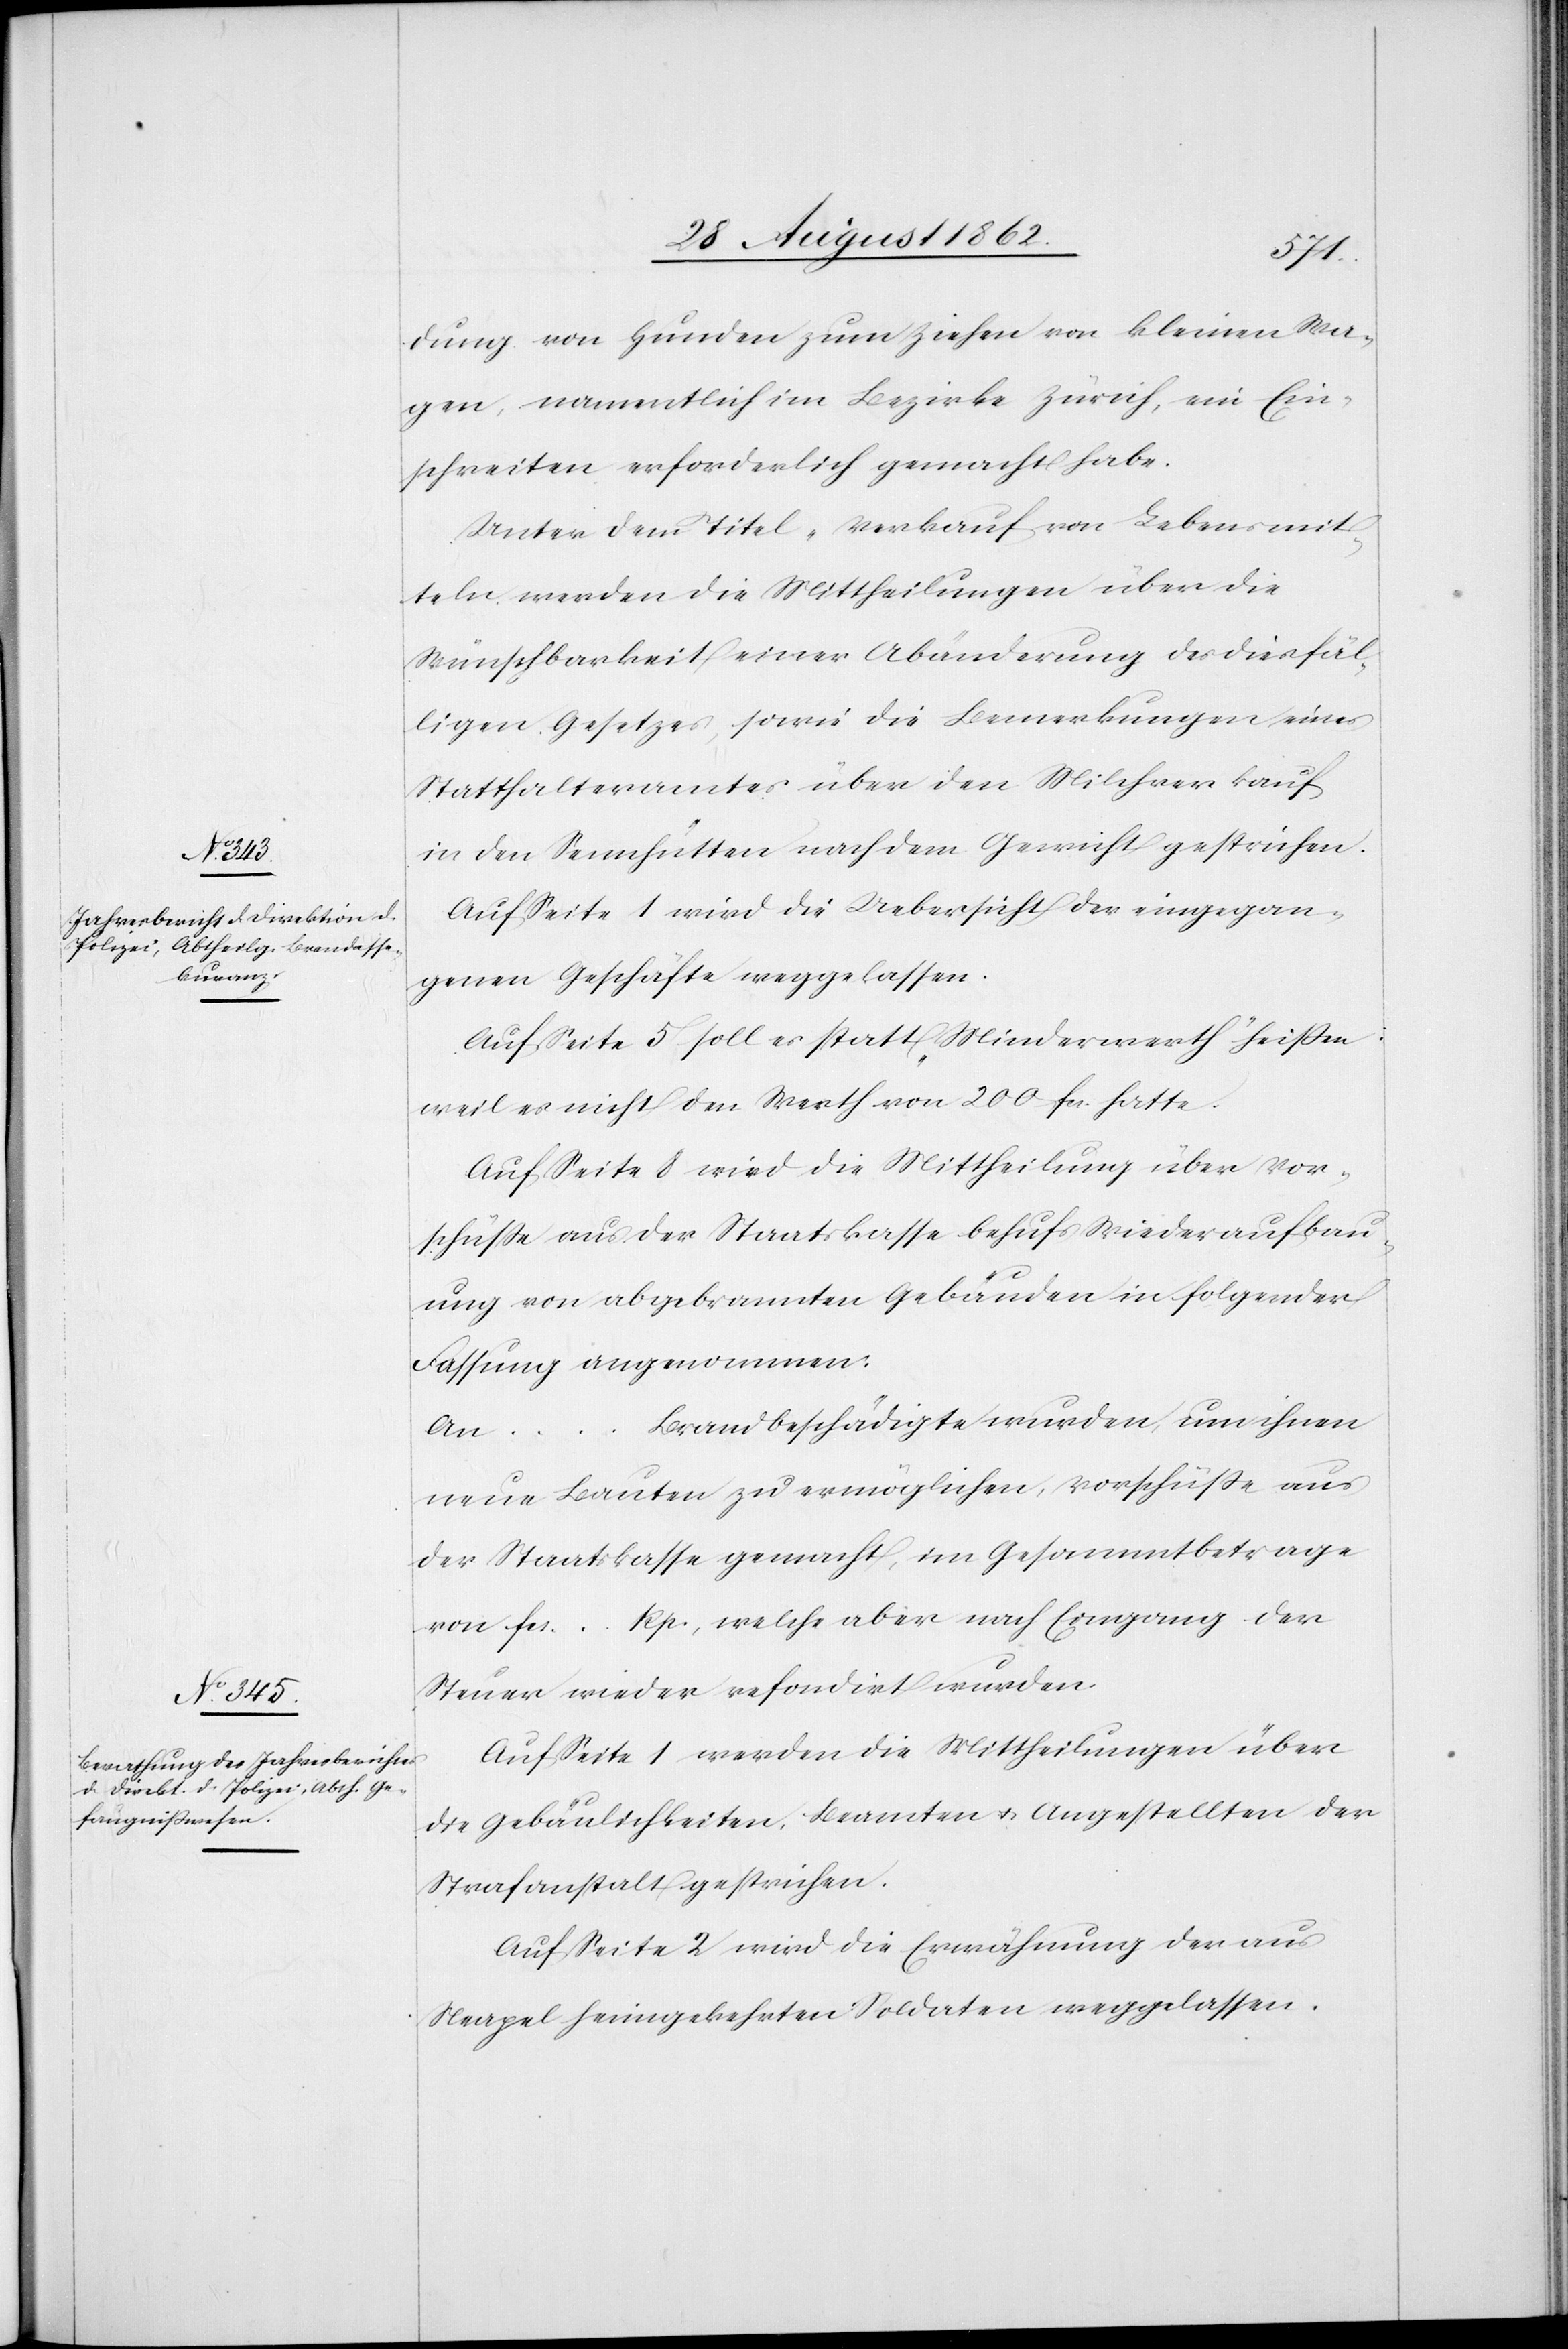
dung von Hunden zum Ziehen von kleinen Wa¬
gen, namentlich im Bezirke Zürich, ein Ein¬
schreiten erforderlich gemacht habe.
Unter dem Titel „Verkauf von Lebensmit¬
teln[“] werden die Mittheilungen über die
Wünschbarkeit einer Abänderung des diesfäl¬
ligen Gesetzes, sowie die Bemerkungen eines
Statthalteramtes über den Milchverkauf
in den Sennhütten nach dem Gewicht gestrichen.
Auf Seite 1 wird die Uebersicht der eingegan¬
genen Geschäfte weggelassen.
Auf Seite 5 soll es statt „Minderwerth“ heißen:
weil es nicht den Werth von 200 fcs. hatte.
Auf Seite 8 wird die Mittheilung über Vor¬
schüße aus der Staatskasse behufs Wiederaufbau¬
ung von abgebrannten Gebäuden in folgender
Fassung angenommen.
Brandbeschädigte wurden um ihnen
An
…
neue Bauten zu ermöglichen, Vorschüße aus
der Staatskasse gemacht, im Gesammtbetrage
von fcs. … Rp., welche aber nach Eingang der
Steuer wieder refondirt wurden.
Auf Seite 1 werden die Mittheilungen über
die Gebäulichkeiten, Beamten u. Angestellten der
Strafanstalt gestrichen.
Auf Seite 2 wird die Erwähnung der aus
Neapel heimgekehrten Soldaten weggelassen.